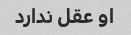
او عقل ندارد